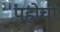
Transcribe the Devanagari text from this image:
पहोची